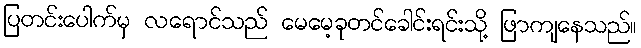
ပြတင်းပေါက်မှ လရောင်သည် မေမေ့ခုတင်ခေါင်းရင်းသို့ ဖြာကျနေသည်။